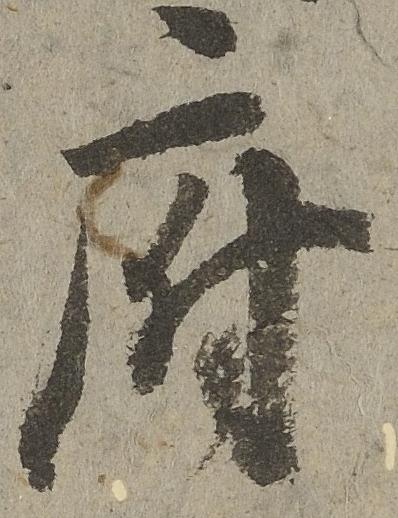
府